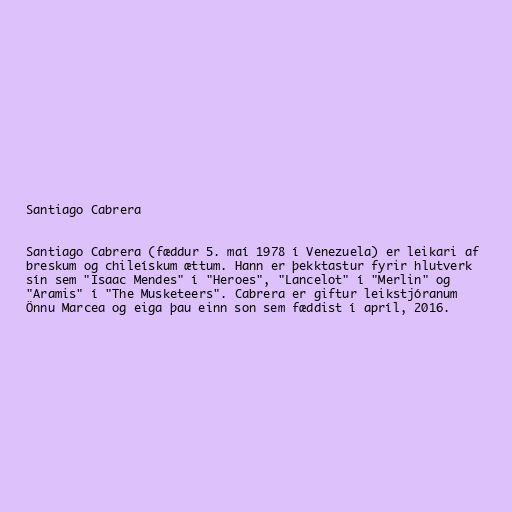
Santiago Cabrera

Santiago Cabrera (fæddur 5. maí 1978 í Venezuela) er leikari af
breskum og chileískum ættum. Hann er þekktastur fyrir hlutverk
sín sem "Isaac Mendes" í "Heroes", "Lancelot" í "Merlin" og
"Aramis" í "The Musketeers". Cabrera er giftur leikstjóranum
Önnu Marcea og eiga þau einn son sem fæddist í apríl, 2016.